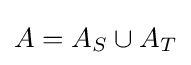
A=A_{S}\cup A_{T}